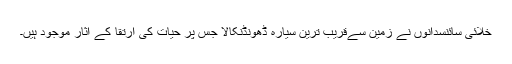
خلائی سائنسدانوں نے زمین سےقریب ترین سیارہ ڈھونڈنکالا جس پر حیات کی ارتقا کے آثار موجود ہیں۔